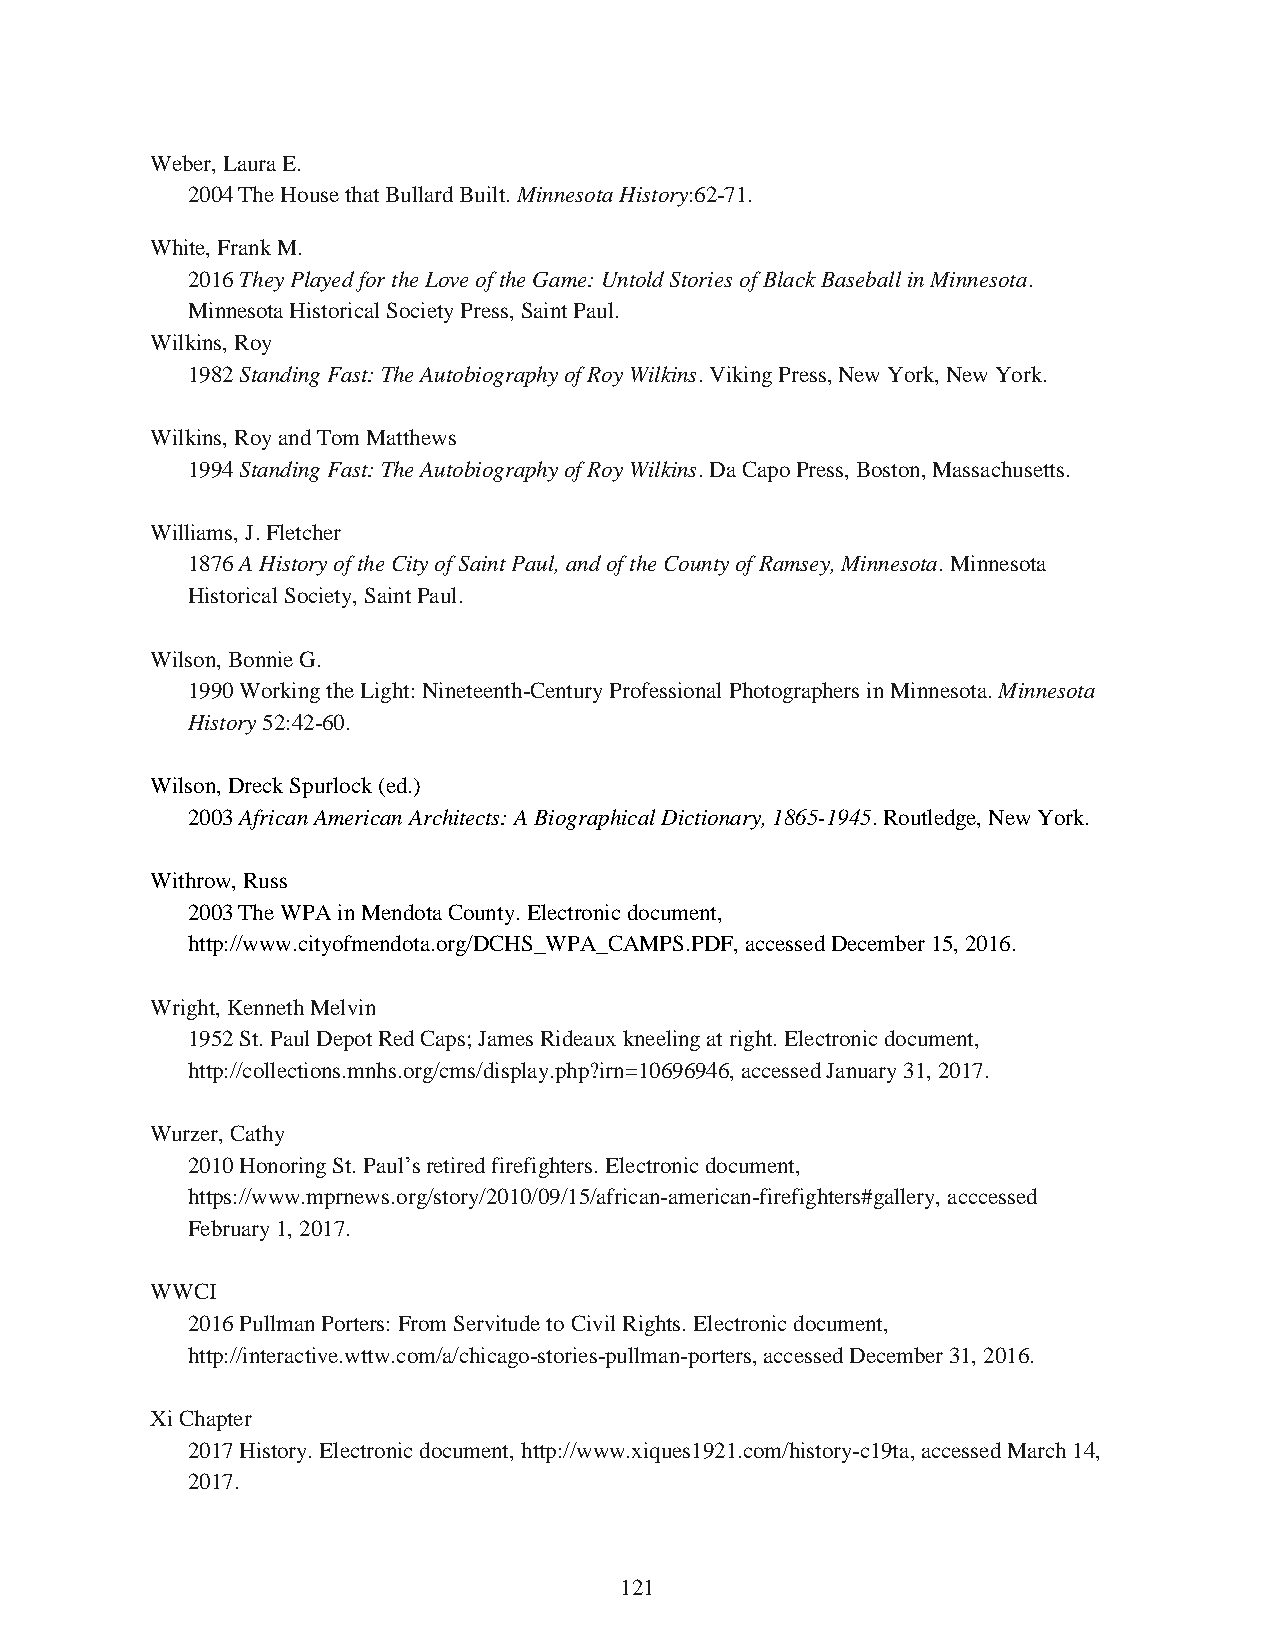
Weber, Laura E.
 2004 The House that Bullard Built. Minnesota History:62-71.
 White, Frank M.
 2016 They Played for the Love of the Game: Untold Stories of Black Baseball in Minnesota.
 Minnesota Historical Society Press, Saint Paul.
 Wilkins, Roy
 1982 Standing Fast: The Autobiography of Roy Wilkins. Viking Press, New York, New York.
 Wilkins, Roy and Tom Matthews
 1994 Standing Fast: The Autobiography of Roy Wilkins. Da Capo Press, Boston, Massachusetts.
 Williams, J. Fletcher
 1876 A History of the City of Saint Paul, and of the County of Ramsey, Minnesota. Minnesota
 Historical Society, Saint Paul.
 Wilson, Bonnie G.
 1990 Working the Light: Nineteenth-Century Professional Photographers in Minnesota. Minnesota
 History 52:42-60.
 Wilson, Dreck Spurlock (ed.)
 2003 African American Architects: A Biographical Dictionary, 1865-1945. Routledge, New York.
 Withrow, Russ
 2003 The WPA in Mendota County. Electronic document,
 http://www.cityofmendota.org/DCHS_WPA_CAMPS.PDF, accessed December 15, 2016.
 Wright, Kenneth Melvin
 1952 St. Paul Depot Red Caps; James Rideaux kneeling at right. Electronic document,
 http://collections.mnhs.org/cms/display.php?irn=10696946, accessed January 31, 2017.
 Wurzer, Cathy
 2010 Honoring St. Paul’s retired firefighters. Electronic document,
 https://www.mprnews.org/story/2010/09/15/african-american-firefighters#gallery, acccessed
 February 1, 2017.
 WWCI
 2016 Pullman Porters: From Servitude to Civil Rights. Electronic document,
 http://interactive.wttw.com/a/chicago-stories-pullman-porters, accessed December 31, 2016.
 Xi Chapter
 2017 History. Electronic document, http://www.xiques1921.com/history-c19ta, accessed March 14,
 2017.
 121